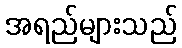
အရည်များသည်